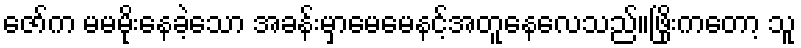
ဇော်က မမမိုးနေခဲ့သော အခန်းမှာမေမေနင့်အတူနေလေသည်။ဖြိုးကတော့ သူ